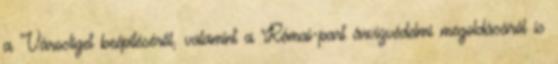
a Városliget beépítéséről, valamint a Római-part árvízvédelmi megoldásáról is